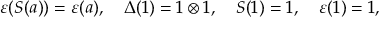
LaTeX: \varepsilon ( S ( a ) ) = \varepsilon ( a ) , ~ ~ ~ \Delta ( 1 ) = 1 \otimes 1 , ~ ~ ~ S ( 1 ) = 1 , ~ ~ ~ \varepsilon ( 1 ) = 1 ,